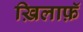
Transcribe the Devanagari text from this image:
ख़िलाफ़ॅ